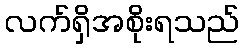
လက်ရှိအစိုးရသည်